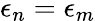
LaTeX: \epsilon_{n}=\epsilon_{m}